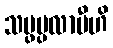
သမ္ဖပ္ပလာပီဟိ